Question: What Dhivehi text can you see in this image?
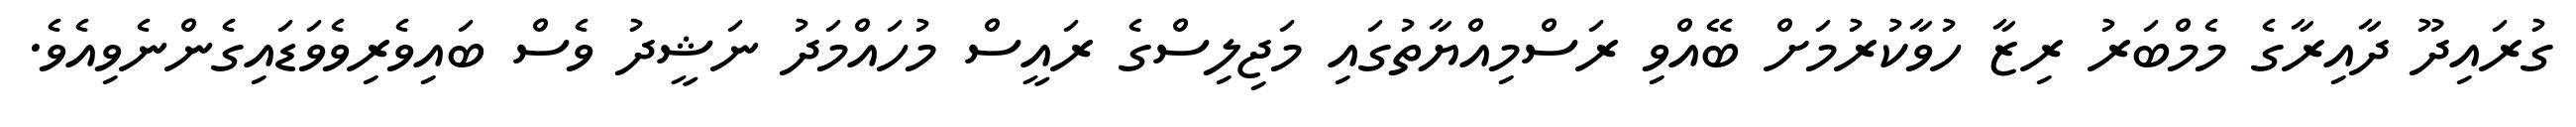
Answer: ގުރައިދޫ ދާއިރާގެ މެމްބަރު ރިޒާ ހުވާކުރުމަށް ބޭއްވި ރަސްމިއްޔާތުގައި މަޖިލިސްގެ ރައީސް މުހައްމަދު ނަޝީދު ވެސް ބައިވެރިވެވަޑައިގެންނެވިއެވެ.